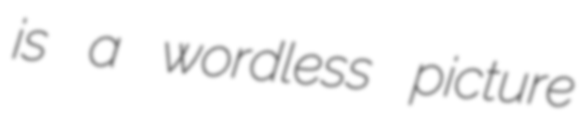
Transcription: is a wordless picture